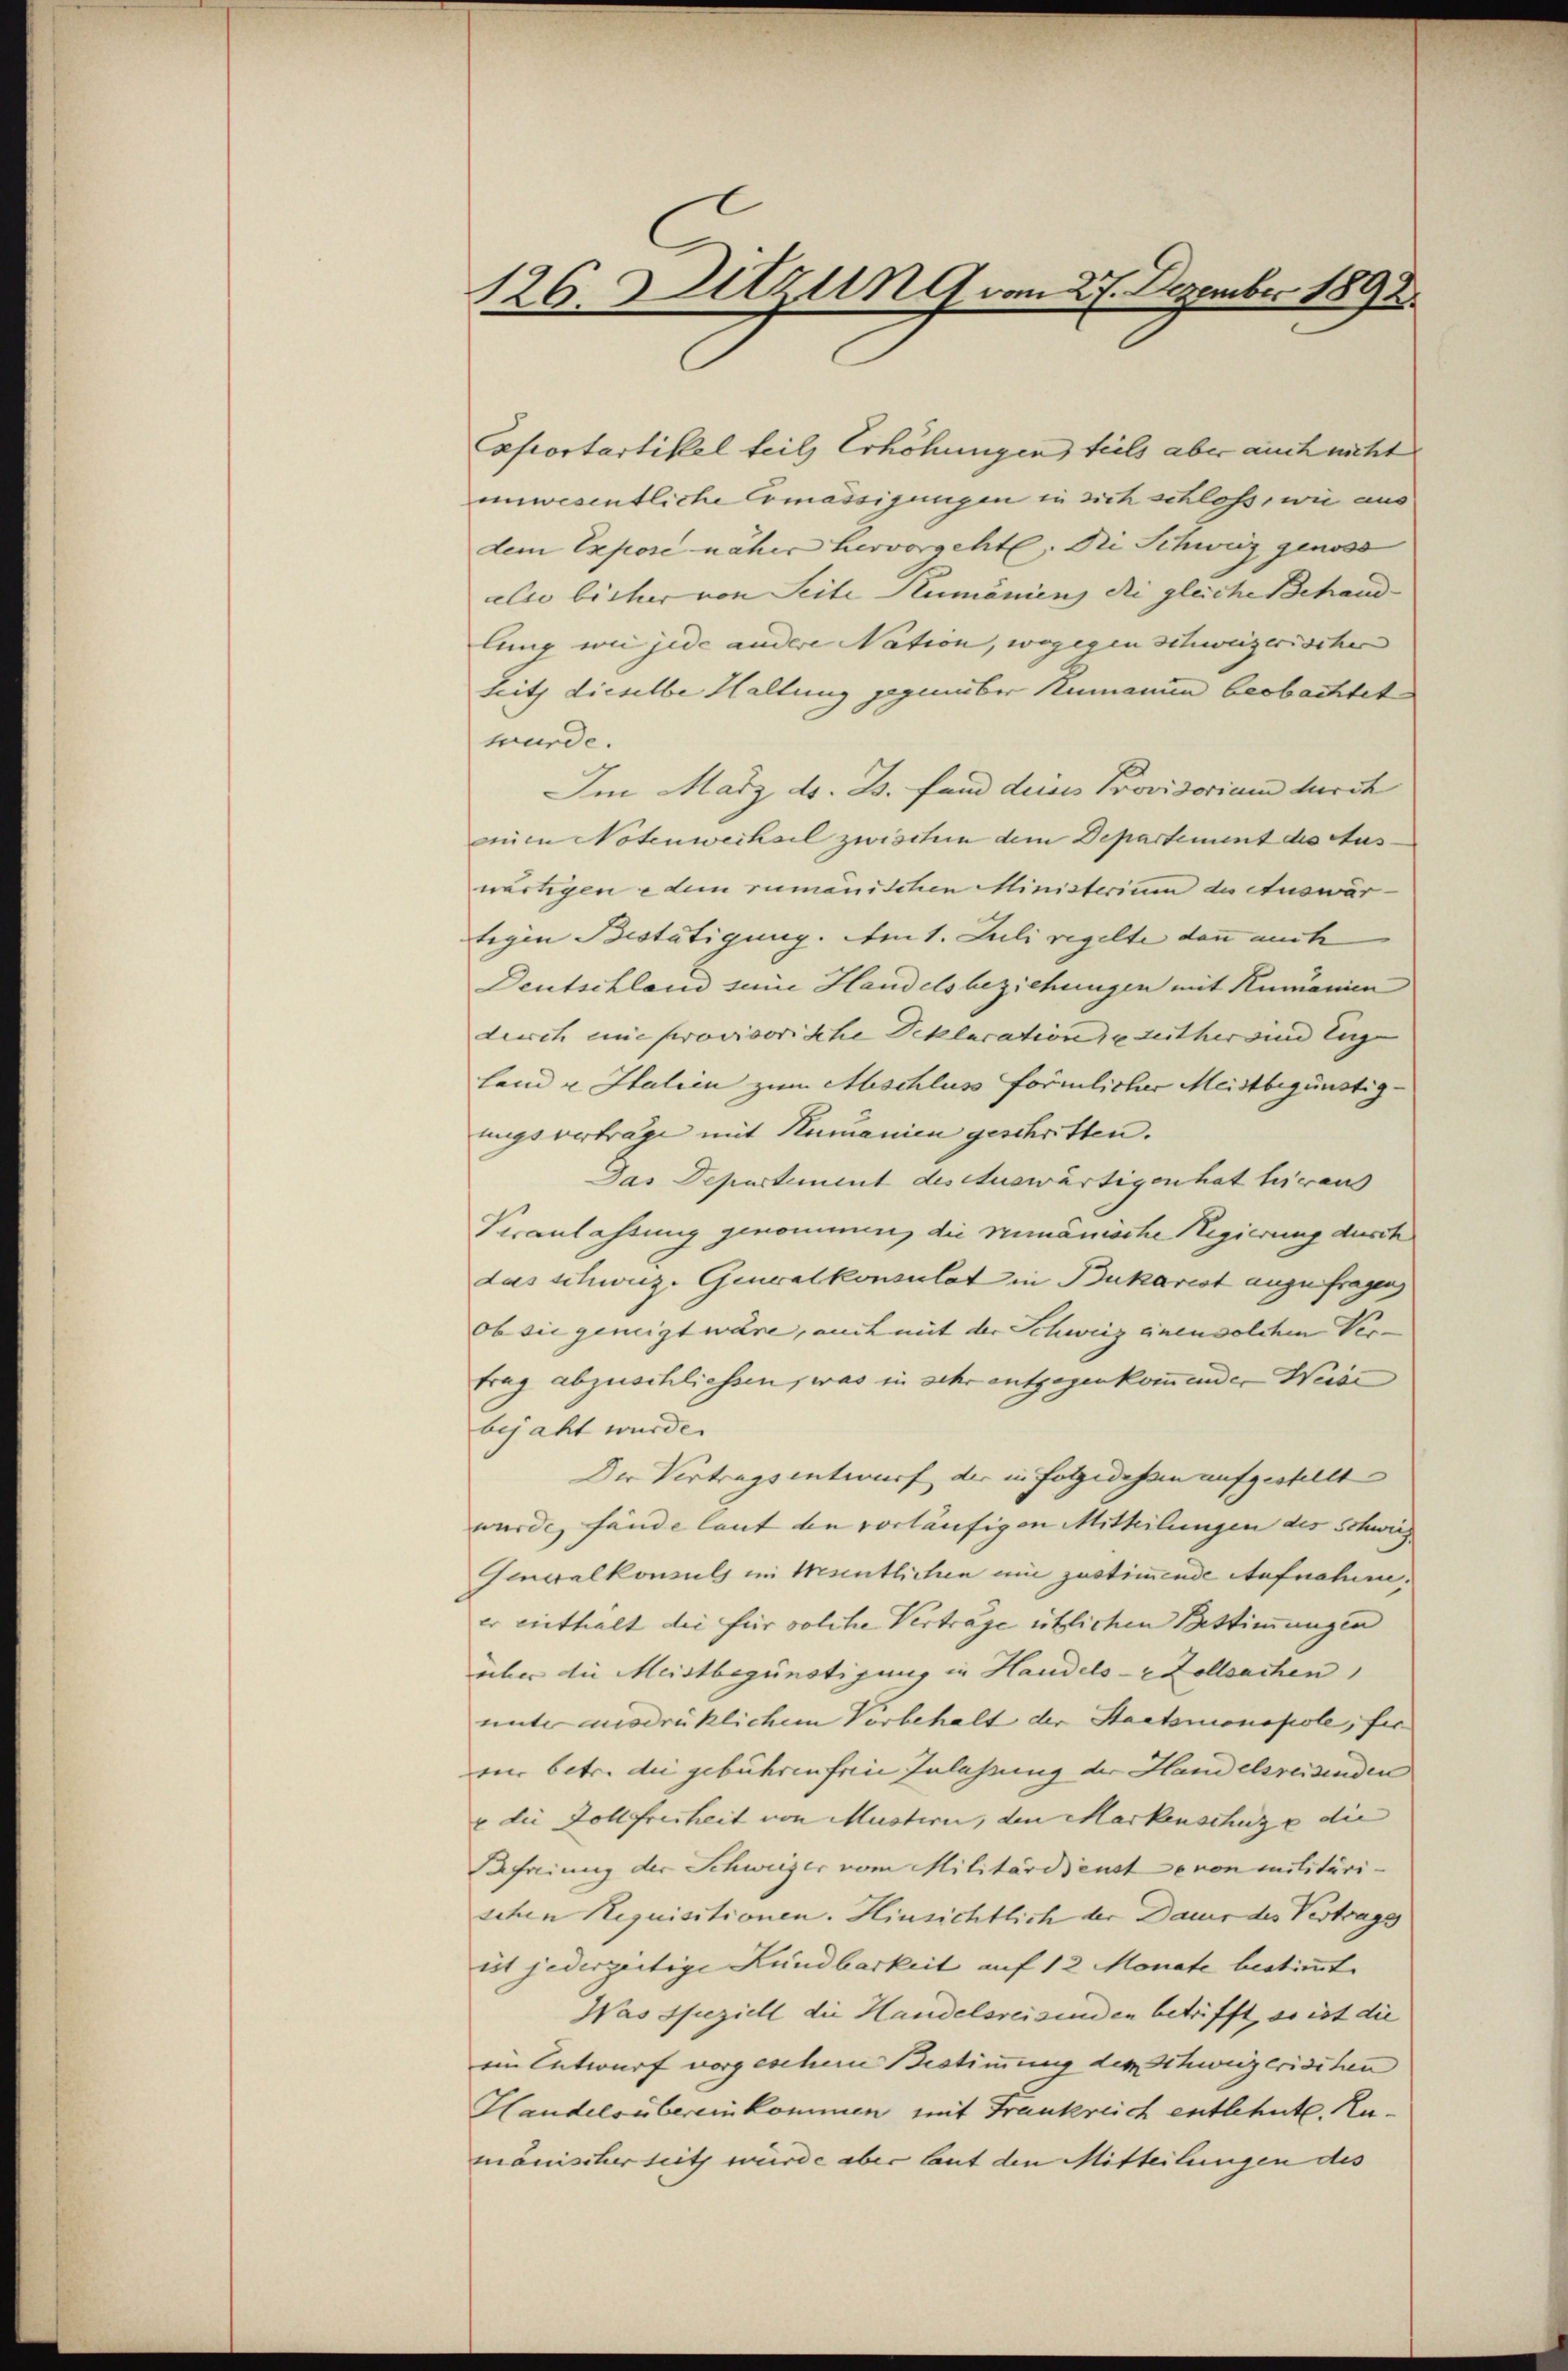
126. Sitzung vom 27. Dezember 1892.

eportartikel teil Erhöhungen teils aber auch nicht
eiwesentliche Ermässigungen in sich schloss, wie aus
dem Expose näher hervorgeht. Die Schweiz genoss
elso bisher von Seite Rumänienz die gleiche Behand- |
lung wie jede andere Nation, wogegen schweizerischer |
Leith dieselbe Haltung gegenüber Numanien beobachtet
wurde.
Im März d. B. fand deines Provisorium durch
mnen Notenwechsel zwischen dem Departement des Auswärtigen e dem rumänischen Ministerium de Auswärtegen Bestätigung. Am 1. Juli regelte dann auch
Deutschland seine Handelsbeziehungen mit Rumänien
durch eine provisorische Deklaration de seither und Enge |
land u Italien zum Mischluss förmlicher Meistbegünstig-
ungsverträge mit Numanien geschritten.
Das Departement des Auswärtigen hat hieraus
Veranlassung genommen, die rimänische Regierung durch
das schweiz. Generalkonsulat in Bukarest anzufragen
Ob sie geneigt wäre, auch mit der Schweiz einen solchen Ver-
trag abzuschliessen, was in sehr entgegenkommenden Weise
bejaht wurde.
Der Vertragsentwurf der in Folgedeham aufgestellt |
wurde, fände laut den vorläufigen Mitteilungen des Schweiz
Gewalkomuls im Mentlichen um zustimmende Aufnahme,
er enthalt die für solche Vertrage üblichen Bestimmungen
über die Meistbegünstigung in Handels- & Zollsachen
unter ausdrücklichem Vorbehalt der Staatsmonopole, fer
ein betr. die gebühren freie Zulassung der Handelsreisenden
u die Dollfreiheit von Mustern, den Markenschuz e die
Befreiung der Schweizer vom Militärdienste von militärischen Requisitionen. Hinsichtlich der Dauer des Vertrags
ist jederzeitige Lundbarkeit auf 12 Monate bestimmt.
Was Speziell die Handelsreisenden betrifft, so ist die
ein Entwurf vorgeschen Bestimmung der Schweizerischen
Handelsübereinkommen mit Frankreich entlehnt. Rumänischer seith würde aber laut den Mitteilungen des